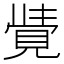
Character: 𮗓